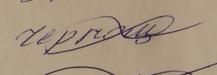
Signature authenticity: forged